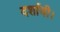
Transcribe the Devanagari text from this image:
दर्शायी।